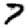
Digit: 7